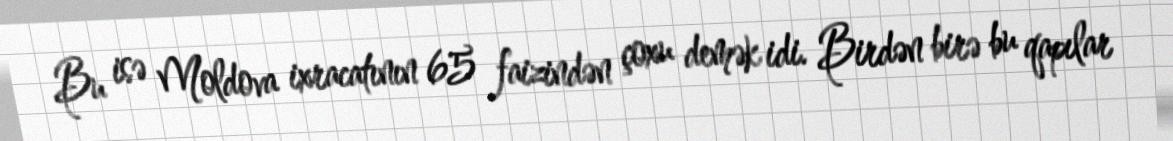
Bu isə Moldova ixracatının 65 faizindən çoxu demək idi. Birdən birə bu qapılar